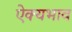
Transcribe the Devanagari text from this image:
ऐक्यभाव